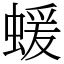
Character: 蝯